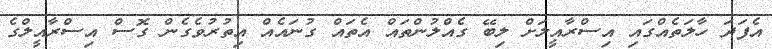
އެފަދަ ހާލަތެއްގައި އިސްރާއީލަށް ލިބޭ ގެއްލުންތައް އެތައް ގުނައެއް އިތުރުވެގެން ގޮސް އިސްރާއީލްގެ